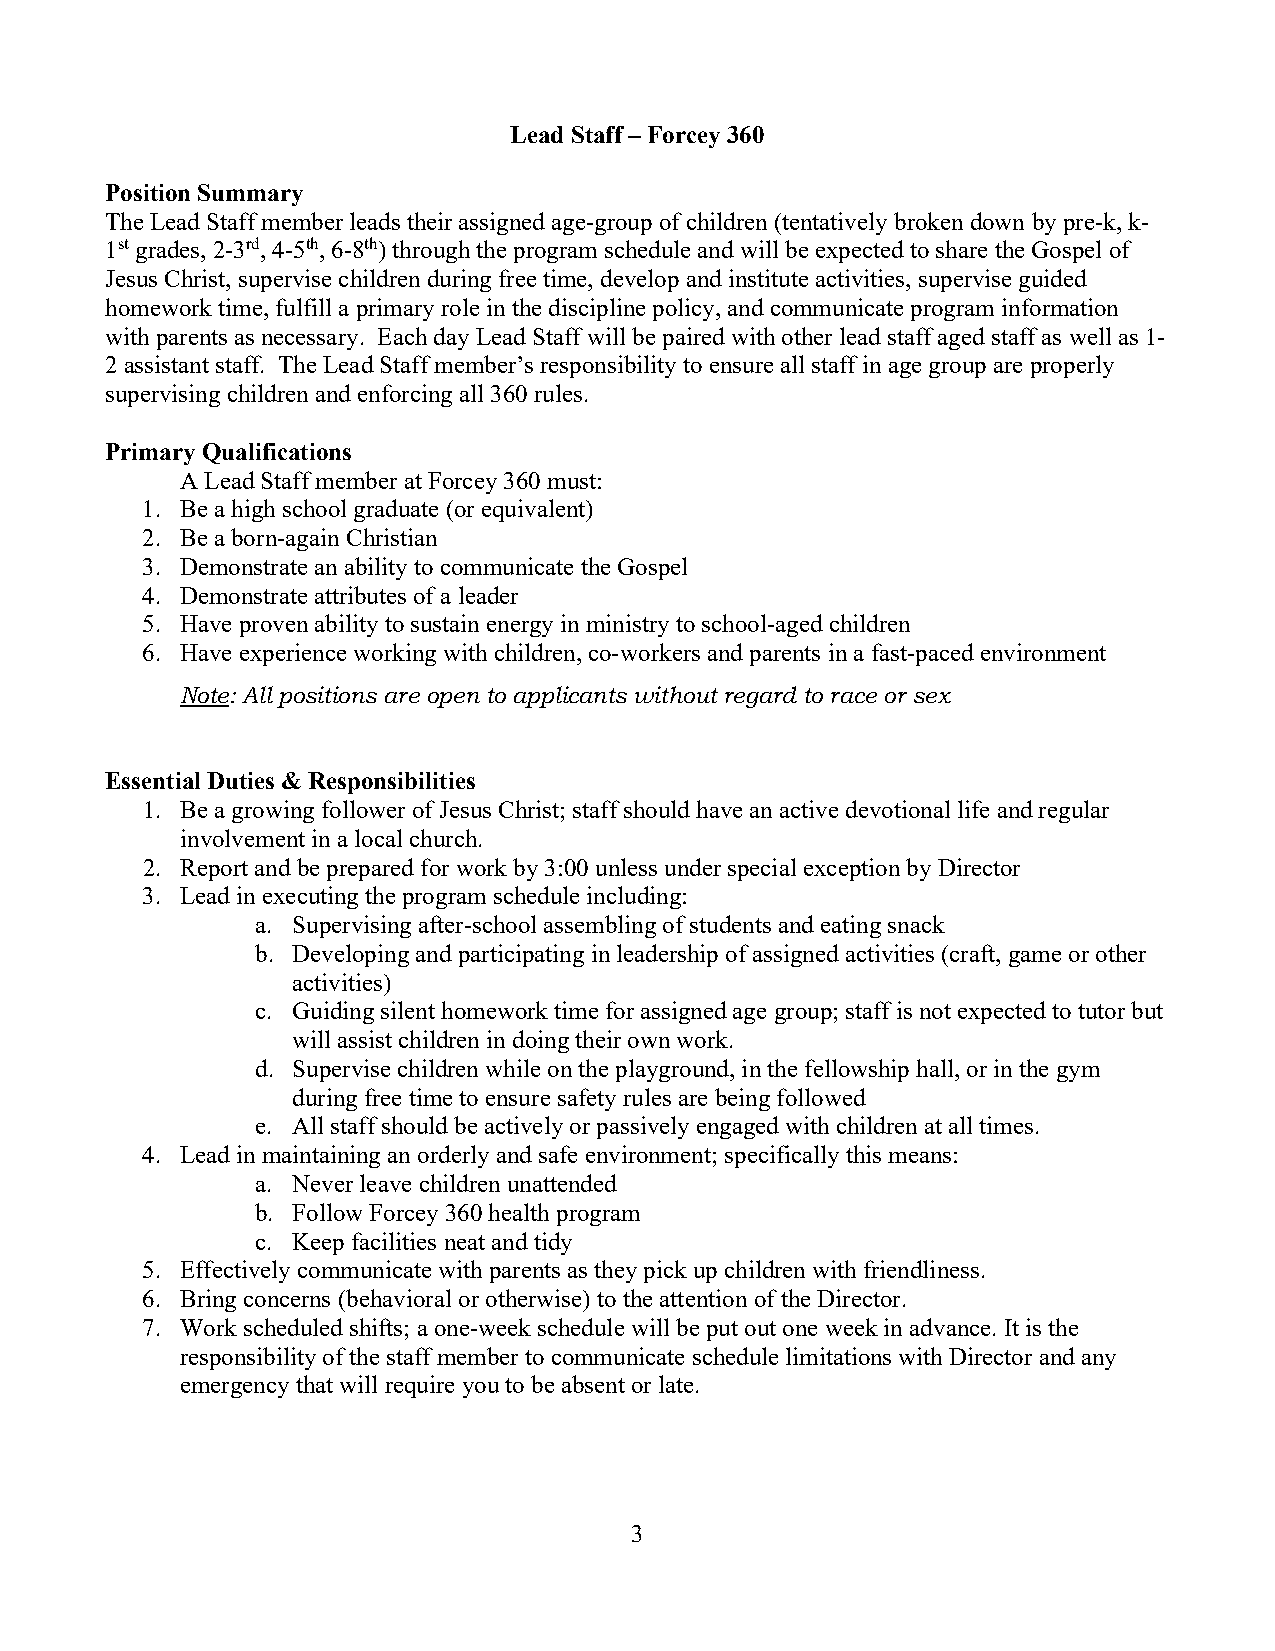
Lead Staff – Forcey 360
 Position Summary
 The Lead Staff member leads their assigned age-group of children (tentatively broken down by pre-k, k-
 1st grades, 2-3rd, 4-5th, 6-8th) through the program schedule and will be expected to share the Gospel of
 Jesus Christ, supervise children during free time, develop and institute activities, supervise guided
 homework time, fulfill a primary role in the discipline policy, and communicate program information
 with parents as necessary. Each day Lead Staff will be paired with other lead staff aged staff as well as 1-
 2 assistant staff. The Lead Staff member’s responsibility to ensure all staff in age group are properly
 supervising children and enforcing all 360 rules.
 Primary Qualifications
 A Lead Staff member at Forcey 360 must:
 1. Be a high school graduate (or equivalent)
 2. Be a born-again Christian
 3. Demonstrate an ability to communicate the Gospel
 4. Demonstrate attributes of a leader
 5. Have proven ability to sustain energy in ministry to school-aged children
 6. Have experience working with children, co-workers and parents in a fast-paced environment
 Note: All positions are open to applicants without regard to race or sex
 Essential Duties & Responsibilities
 1. Be a growing follower of Jesus Christ; staff should have an active devotional life and regular
 involvement in a local church.
 2. Report and be prepared for work by 3:00 unless under special exception by Director
 3. Lead in executing the program schedule including:
 a. Supervising after-school assembling of students and eating snack
 b. Developing and participating in leadership of assigned activities (craft, game or other
 activities)
 c. Guiding silent homework time for assigned age group; staff is not expected to tutor but
 will assist children in doing their own work.
 d. Supervise children while on the playground, in the fellowship hall, or in the gym
 during free time to ensure safety rules are being followed
 e. All staff should be actively or passively engaged with children at all times.
 4. Lead in maintaining an orderly and safe environment; specifically this means:
 a. Never leave children unattended
 b. Follow Forcey 360 health program
 c. Keep facilities neat and tidy
 5. Effectively communicate with parents as they pick up children with friendliness.
 6. Bring concerns (behavioral or otherwise) to the attention of the Director.
 7. Work scheduled shifts; a one-week schedule will be put out one week in advance. It is the
 responsibility of the staff member to communicate schedule limitations with Director and any
 emergency that will require you to be absent or late.
 3